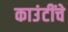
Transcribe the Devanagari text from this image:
काउंटींचे